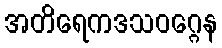
အတိရေကဒသဝဂ္ဂေန